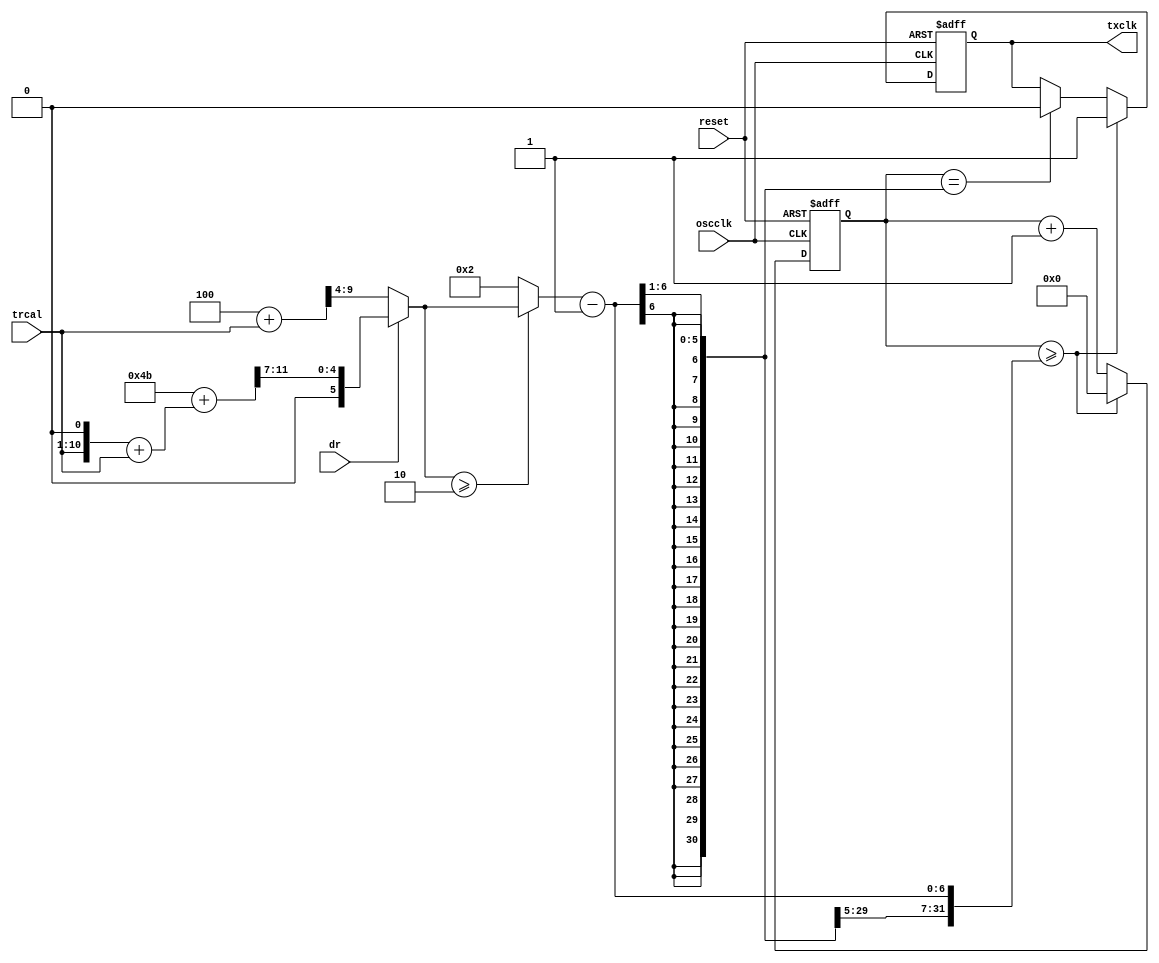
module txclkdivide(reset, oscclk, trcal, dr, txclk);
input reset, oscclk, dr;
input [9:0] trcal; // max: 1023
output txclk;
reg    txclk;
reg  [6:0]  counter;

// trcal3 = 3 * trcal
wire [10:0] trcal2;
assign trcal2[10:1] = trcal;
assign trcal2[0] = 1'b0;
wire [11:0] trcal3;
assign trcal3 = trcal2 + trcal;

wire [11:0] dr1numerator;
assign      dr1numerator = (11'd75+trcal3); // max: 12 bits
wire [11:0] dr0numerator;
assign      dr0numerator = (11'd4+trcal); // max: 11 bits

wire [6:0]  tempdivider;
assign      tempdivider = dr ? ({1'b0, dr1numerator[11:7]}) : (dr0numerator[9:4]); // max dr0 = 64, dr1 = 24 -> 7 bits.
wire [6:0]  divider;
assign      divider = (tempdivider >= 7'd2) ? tempdivider : 7'd2;

always @ (posedge oscclk or posedge reset) begin
  if (reset) begin
    txclk   = 0;
    counter = 0;
  end else if (counter >= (divider-1)) begin
    txclk   = 1;
    counter = 0;
  end else if (counter == ((divider-1) >> 1)) begin
    counter = counter + 7'd1;
    txclk   = 0;
  end else begin
    counter = counter + 7'd1;
  end // ~reset
end // always

endmodule